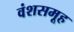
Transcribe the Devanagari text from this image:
वंशसमूह